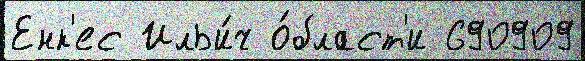
Енк'ес Ильи́ч о́бласт'и 690909